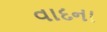
વાદના